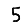
Digit: 5